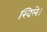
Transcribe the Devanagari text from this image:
खिले।